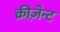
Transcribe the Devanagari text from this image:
क्रीज़ेन्ट